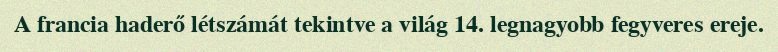
A francia haderő létszámát tekintve a világ 14. legnagyobb fegyveres ereje.